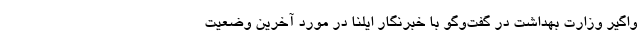
واگیر وزارت بهداشت در گفت‌وگو با خبرنگار ایلنا در مورد آخرین وضعیت